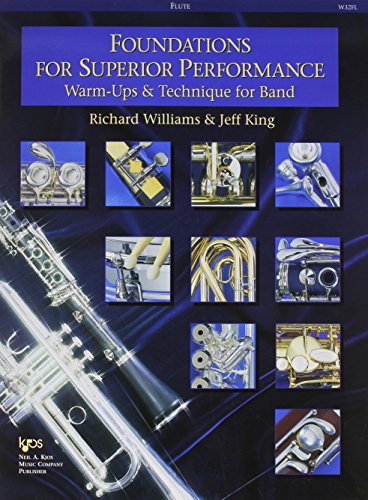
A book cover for W32FL - Foundations for Superior Performance: Warm-ups and Technique for Band : Flute; Richard Williams; Teen & Young Adult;